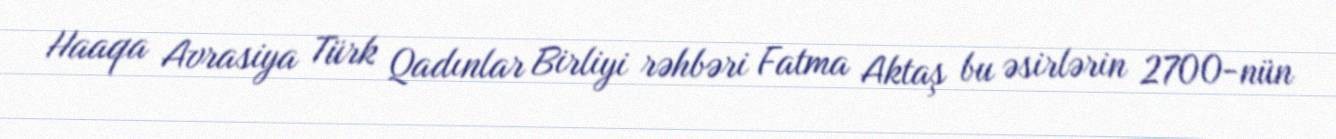
Haaqa Avrasiya Türk Qadınlar Birliyi rəhbəri Fatma Aktaş bu əsirlərin 2700-nün